Document type: Sale
Year: 1209
Scribe: Arnau de Torre
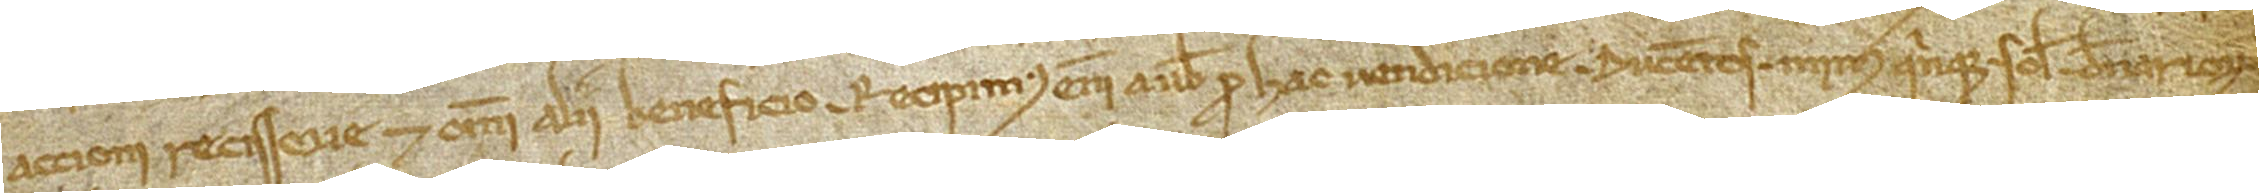
accioni recissorie et omni alii beneficio. Recipimus enim a vobis pro hac vendicione ducentos minus quinque solidos denariorum